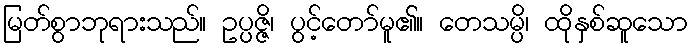
မြတ်စွာဘုရားသည်။ ဥပ္ပဇ္ဇိ၊ ပွင့်တော်မူ၏။ တေသမ္ပိ၊ ထိုနှစ်ဆူသော